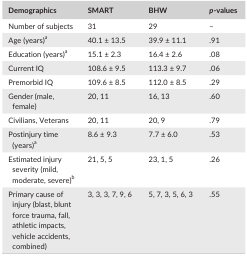
<table><thead><tr><td><b>Demographics</b></td><td><b>SMART</b></td><td><b>BHW</b></td><td><b><i>p</i>‐values</b></td></tr></thead><tbody><tr><td>Number of subjects</td><td>31</td><td>29</td><td>–</td></tr><tr><td>Age (years)a</td><td>40.1 ± 13.5</td><td>39.9 ± 11.1</td><td>.91</td></tr><tr><td>Education (years)a</td><td>15.1 ± 2.3</td><td>16.4 ± 2.6</td><td>.08</td></tr><tr><td>Current IQ</td><td>108.6 ± 9.5</td><td>113.3 ± 9.7</td><td>.06</td></tr><tr><td>Premorbid IQ</td><td>109.6 ± 8.5</td><td>112.0 ± 8.5</td><td>.29</td></tr><tr><td>Gender (male, female)</td><td>20, 11</td><td>16, 13</td><td>.60</td></tr><tr><td>Civilians, Veterans</td><td>20, 11</td><td>20, 9</td><td>.79</td></tr><tr><td>Postinjury time (years)a</td><td>8.6 ± 9.3</td><td>7.7 ± 6.0</td><td>.53</td></tr><tr><td>Estimated injury severity (mild, moderate, severe)b</td><td>21, 5, 5</td><td>23, 1, 5</td><td>.26</td></tr><tr><td>Primary cause of injury (blast, blunt force trauma, fall, athletic impacts, vehicle accidents, combined)</td><td>3, 3, 3, 7, 9, 6</td><td>5, 7, 3, 5, 6, 3</td><td>.55</td></tr></tbody></table>